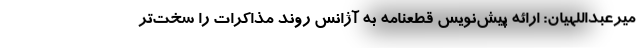
میرعبداللهیان: ارائه پیش‌نویس قطعنامه به آژانس روند مذاکرات را سخت‌تر